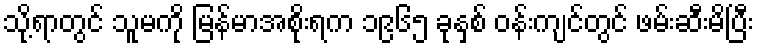
သို့ရာတွင် သူမကို မြန်မာအစိုးရက ၁၉၆၅ ခုနှစ် ဝန်းကျင်တွင် ဖမ်းဆီးမိပြီး